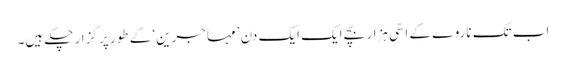
اب تک ناروے کے اسّی ہزار بچے ایک ایک دن ’مہاجرین‘ کے طور پر گزار چکے ہیں۔